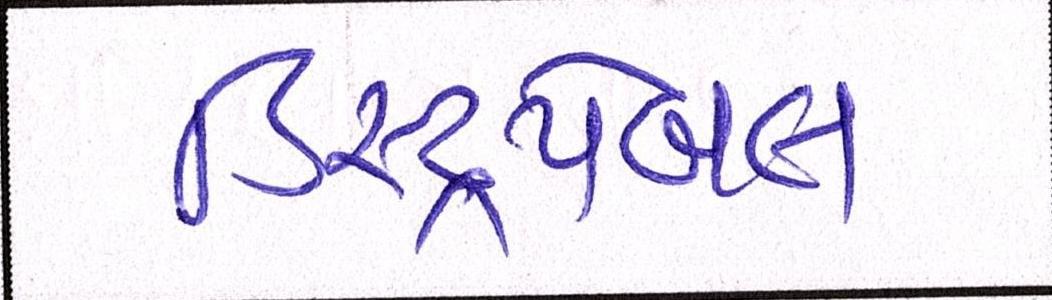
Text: ડિસ્ટ્રપેબલ